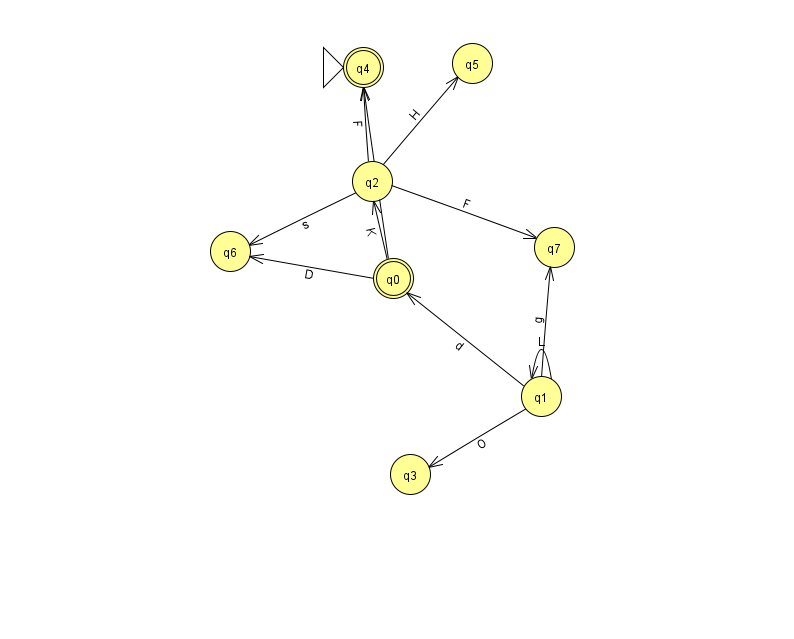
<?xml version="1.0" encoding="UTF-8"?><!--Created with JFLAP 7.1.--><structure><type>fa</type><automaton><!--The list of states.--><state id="0" name="q0"><x>393.0</x><y>265.0</y><final/></state><state id="1" name="q1"><x>541.0</x><y>383.0</y></state><state id="2" name="q2"><x>372.0</x><y>168.0</y></state><state id="3" name="q3"><x>410.0</x><y>461.0</y></state><state id="4" name="q4"><x>363.0</x><y>54.0</y><initial/><final/></state><state id="5" name="q5"><x>472.0</x><y>50.0</y></state><state id="6" name="q6"><x>230.0</x><y>238.0</y></state><state id="7" name="q7"><x>554.0</x><y>234.0</y></state><!--The list of transitions.--><transition><from>0</from><to>4</to><read>U</read></transition><transition><from>2</from><to>7</to><read>F</read></transition><transition><from>1</from><to>3</to><read>O</read></transition><transition><from>2</from><to>4</to><read>F</read></transition><transition><from>1</from><to>0</to><read>d</read></transition><transition><from>0</from><to>2</to><read>K</read></transition><transition><from>2</from><to>6</to><read>s</read></transition><transition><from>0</from><to>6</to><read>D</read></transition><transition><from>1</from><to>1</to><read>L</read></transition><transition><from>1</from><to>7</to><read>g</read></transition><transition><from>2</from><to>5</to><read>H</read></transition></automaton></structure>